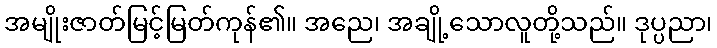
အမျိုးဇာတ်မြင့်မြတ်ကုန်၏။ အညေ၊ အချို့သောလူတို့သည်။ ဒုပ္ပညာ၊